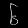
Digit: ၆